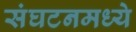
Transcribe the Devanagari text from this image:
संघटनमध्ये